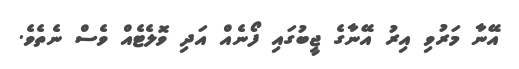
އޭނާ މަރުވި އިރު އޭނާގެ ޖީބުގައި ފޯނެއް އަދި ވޮލެޓެއް ވެސް ނެތެވެ.